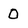
Character: 0